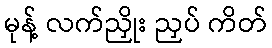
မုန့် လက်ညှိုး ညှပ် ကိတ်